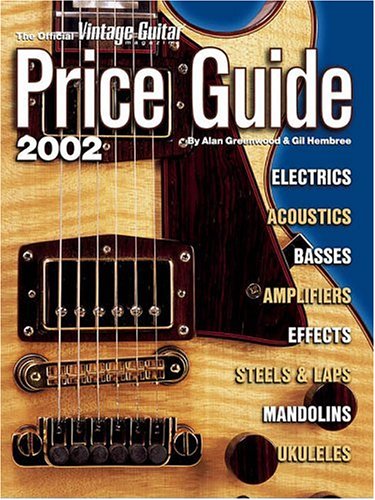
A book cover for The Official Vintage Guitar  Magazine Price Guide, 2002 Edition; Alan Greenwood; Crafts, Hobbies & Home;